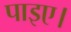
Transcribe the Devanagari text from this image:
पाइए।